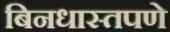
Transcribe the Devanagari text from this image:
बिनधास्तपणे